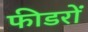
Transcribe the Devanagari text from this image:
फीडरों